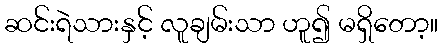
ဆင်းရဲသားနှင့် လူချမ်းသာ ဟူ၍ မရှိတော့။